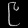
Digit: ၉